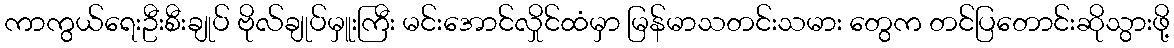
ကာကွယ်ရေးဦးစီးချုပ် ဗိုလ်ချုပ်မှူးကြီး မင်းအောင်လှိုင်ထံမှာ မြန်မာသတင်းသမား တွေက တင်ပြတောင်းဆိုသွားဖို့